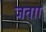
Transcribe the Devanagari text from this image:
जताा